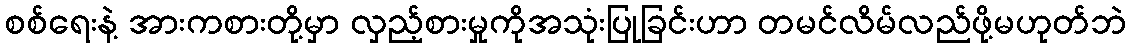
စစ်ရေးနဲ့ အားကစားတို့မှာ လှည့်စားမှုကိုအသုံးပြုခြင်းဟာ တမင်လိမ်လည်ဖို့မဟုတ်ဘဲ